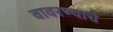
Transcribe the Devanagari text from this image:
वावरण्याचे